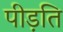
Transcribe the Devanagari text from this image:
पीड़ति